Annual report of the Punjab Veterinary College and of the Civil Veterinary Department, Punjab - 1894-1908
Year: 1894
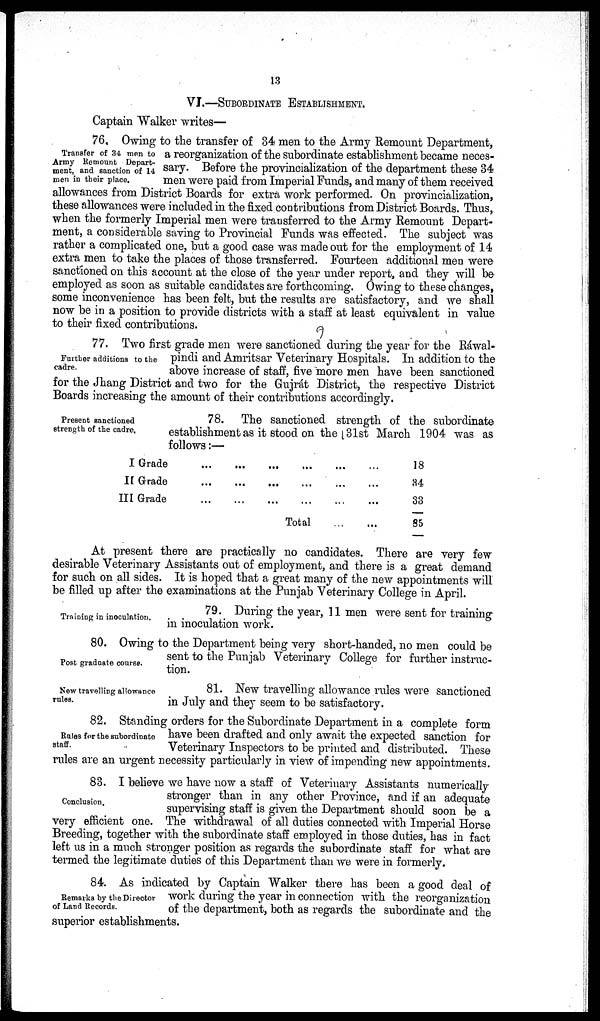
13
VI.—SUBORDINATE ESTABLISHMENT.
Captain Walker writes—
Transfer of 34 men to
Army Remount Depart-
ment, and sanction of 14
men in their place.
76. Owing to the transfer of 34 men to the Army Remount Department,
a reorganization of the subordinate establishment became neces-
sary. Before the provincialization of the department these 34
men were paid from Imperial Funds, and many of them received
allowances from District Boards for extra work performed. On provincialization,
these allowances were included in the fixed contributions from District Boards. Thus,
when the formerly Imperial men were transferred to the Army Remount Depart-
ment, a considerable saving to Provincial Funds was effected. The subject was
rather a complicated one, but a good case was made out for the employment of 14
extra men to take the places of those transferred. Fourteen additional men were
sanctioned on this account at the close of the year under report, and they will be
employed as soon as suitable candidates are forthcoming. Owing to these changes,
some inconvenience has been felt, but the results are satisfactory, and we shall
now be in a position to provide districts with a staff at least equivalent in value
to their fixed contributions.
Further additions to the
cadre.
77. Two first grade men were sanctioned during the year for the Ráwal-
pindi and Amritsar Veterinary Hospitals. In addition to the
above increase of staff, five more men have been sanctioned
for the Jhang District and two for the Gujrát District, the respective District
Boards increasing the amount of their contributions accordingly.
Present sanctioned
strength of the cadre.
78. The sanctioned strength of the subordinate
establishment as it stood on the 31st March 1904 was as
follows:—
I Grade ... ... ... ... ... ...
II Grade ... ... ... ... ... ...
III Grade ... ... ... ... ... ...
Total ... ...
18
34
33
85
At present there are practically no candidates. There are very few
desirable Veterinary Assistants out of employment, and there is a great demand
for such on all sides. It is hoped that a great many of the new appointments will
be filled up after the examinations at the Punjab Veterinary College in April.
Training in inoculation.
79. During the year, 11 men were sent for training
in inoculation work.
Post graduate course.
80. Owing to the Department being very short-handed, no men could be
sent to the Punjab Veterinary College for further instruc-
tion.
New travelling allowance
rules.
81. New travelling allowance rules were sanctioned
in July and they seem to be satisfactory.
Rules for the subordinate
staff.
82. Standing orders for the Subordinate Department in a complete form
have been drafted and only await the expected sanction for
Veterinary Inspectors to be printed and distributed. These
rules are an urgent necessity particularly in view of impending new appointments.
Conclusion.
83. I believe we have now a staff of Veterinary Assistants numerically
stronger than in any other Province, and if an adequate
supervising staff is given the Department should soon be a
very efficient one. The withdrawal of all duties connected with Imperial Horse
Breeding, together with the subordinate staff employed in those duties, has in fact
left us in a much stronger position as regards the subordinate staff for what are
termed the legitimate duties of this Department than we were in formerly.
Remarks by the Director
of Land Records.
84. As indicated by Captain Walker there has been a good deal of
work during the year in connection with the reorganization
of the department, both as regards the subordinate and the
superior establishments.